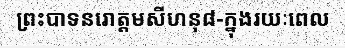
ព្រះបាទនរោត្តមសីហនុ៨-ក្នុងរយៈពេល